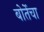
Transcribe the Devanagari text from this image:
बोर्तेचा